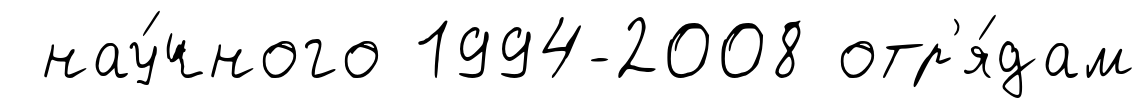
нау́чного 1994-2008 отр'я́дам